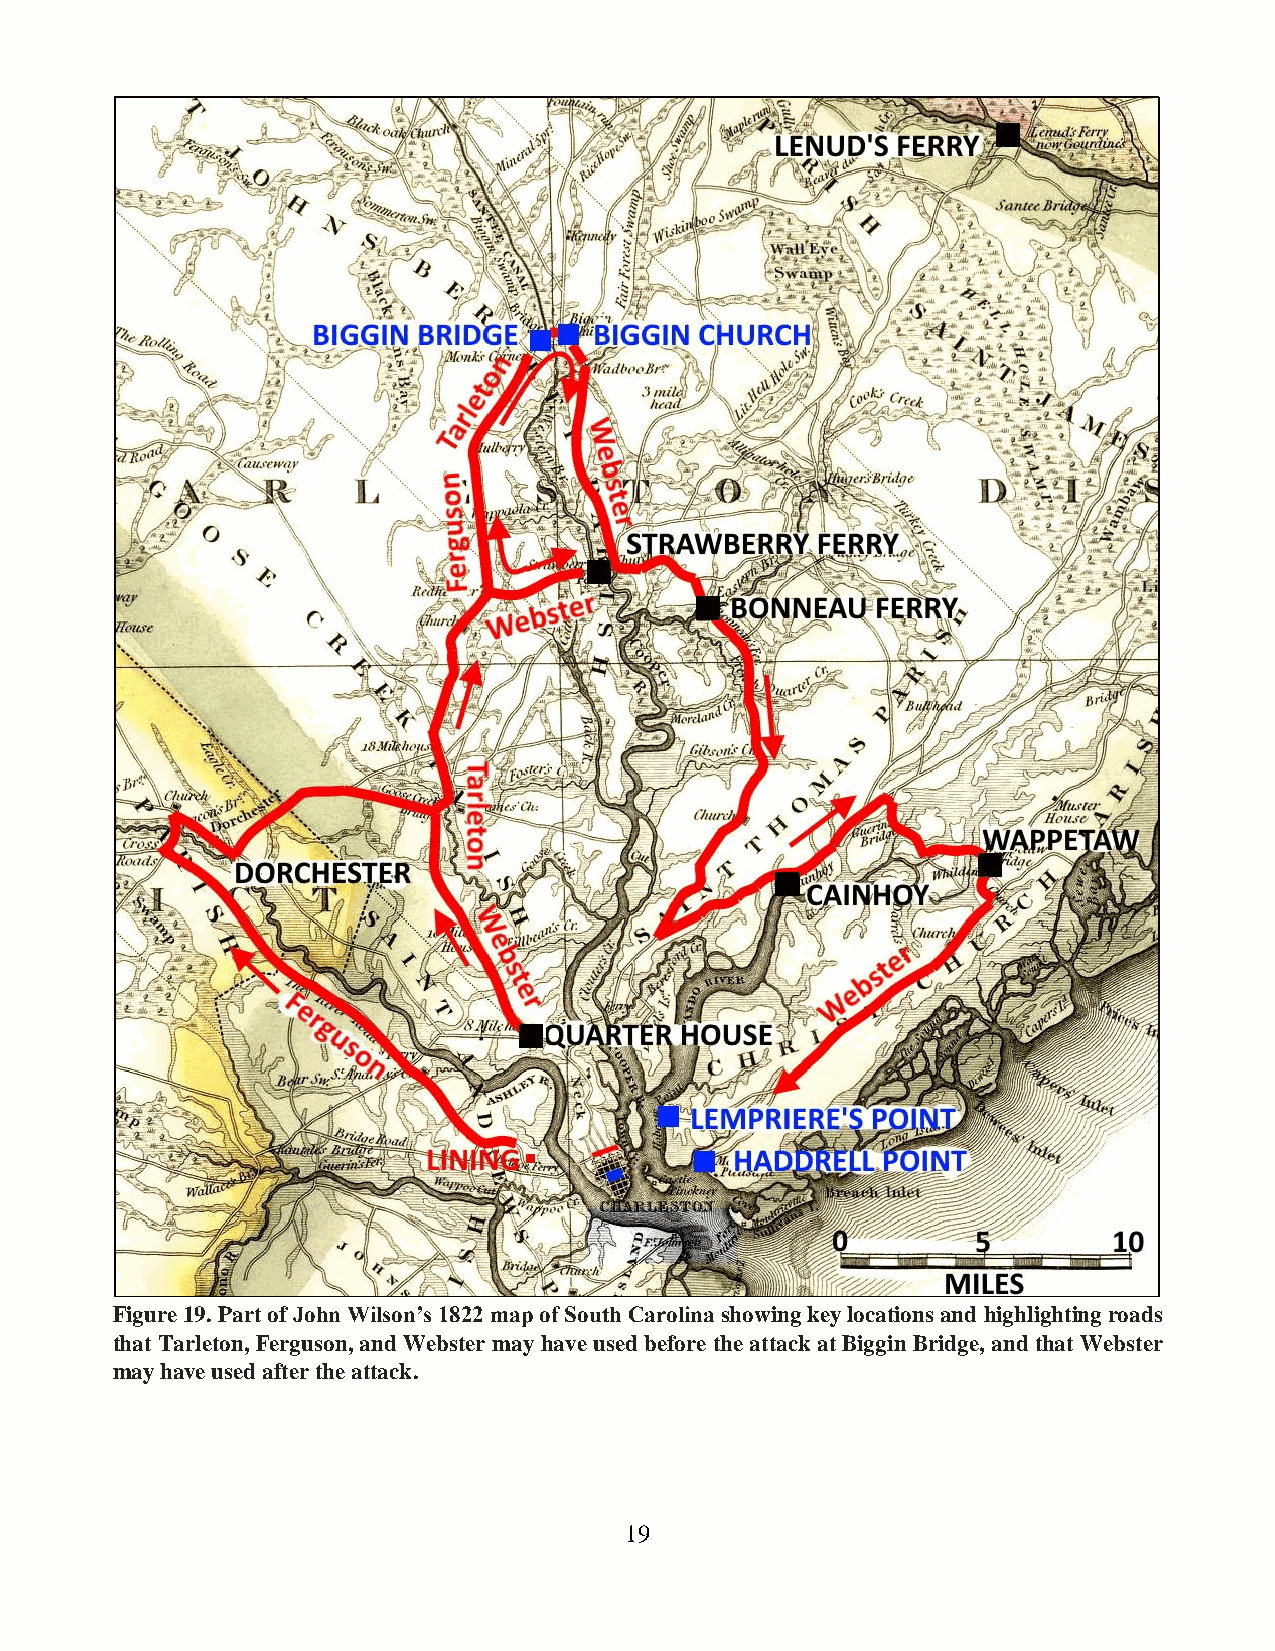
Figure 19. Part of John Wilson’s 1822 map of South Carolina showing key locations and highlighting roads
 that Tarleton, Ferguson, and Webster may have used before the attack at Biggin Bridge, and that Webster
 may have used after the attack.
 19